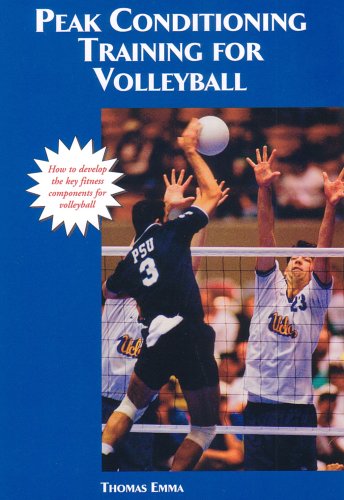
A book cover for Peak Conditioning Training for Volleyball; Thomas Emma; Sports & Outdoors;